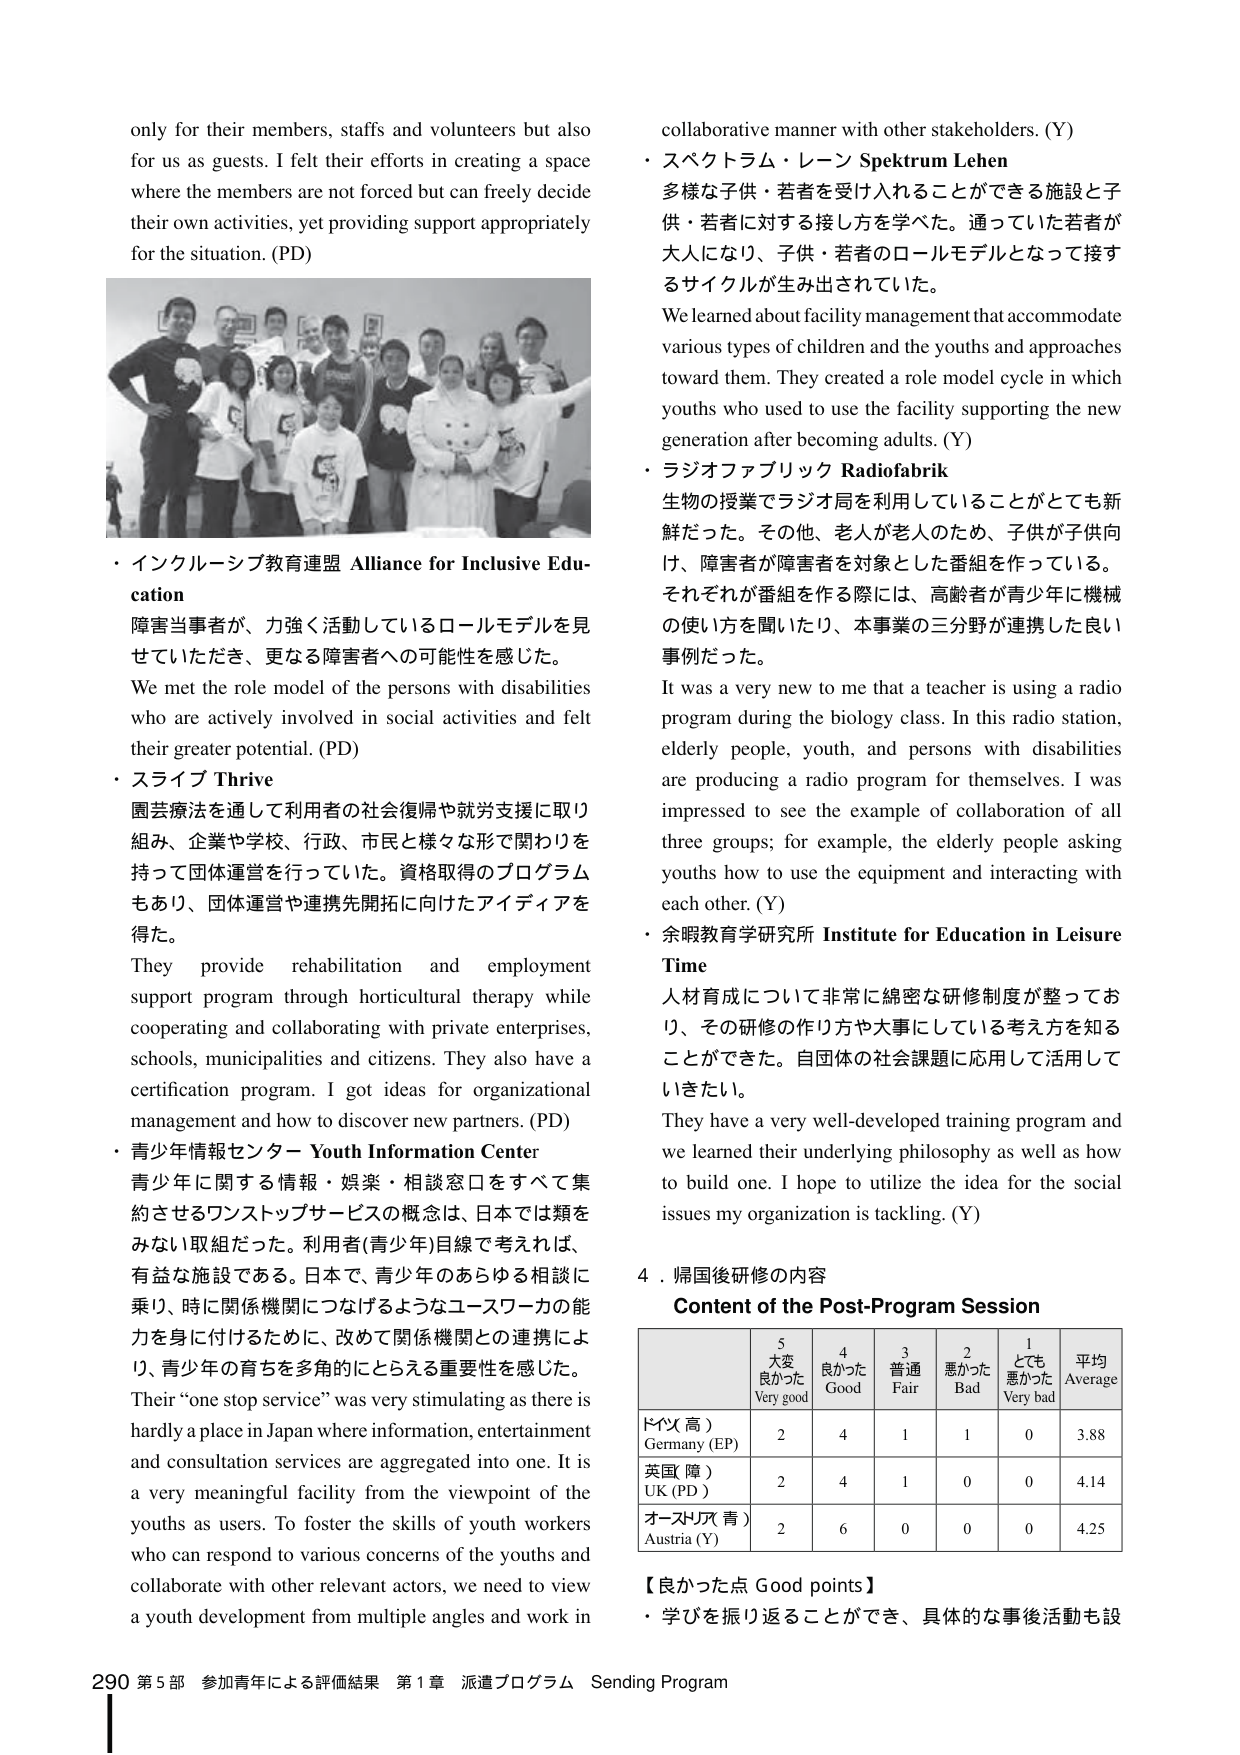
only for their members, staffs and volunteers but also for us as guests. I felt their efforts in creating a space where the members are not forced but can freely decide their own activities, yet providing support appropriately for the situation. (PD)

・インクルーシブ教育連盟 Alliance for Inclusive Education
障害当事者が、力強く活動しているロールモデルを見せていたたき、更なる障害者への可能性を感じた。
We met the role model of the persons with disabilities who are actively involved in social activities and felt their greater potential. (PD)

・スライブ Thrive
園芸療法を通じて利用者の社会復帰や就労支援に取り組み、企業や学校、行政、市民と様々な形で関わりを持って団体運営を行っていた。資格取得のプログラムもあり、団体運営や連携先開拓に向けたアイディアを得た。
They provide rehabilitation and employment support program through horticultural therapy while cooperating and collaborating with private enterprises, schools, municipalities and citizens. They also have a certification program. I got ideas for organizational management and how to discover new partners. (PD)

・青少年情報センター Youth Information Center
青少年に関する情報・娯楽・相談窓口をすべて集約させるワンストップサービスの概念は、日本では類をみない取組だった。利用者(青少年)目線で考えれば、有益な施設である。日本で、青少年のあらゆる相談に乗り、時に関係機関につなげるようなユースワーカーの能力を身に付けるために、改めて関係機関との連携により、青少年の育ちを多角的にとらえる重要性を感じた。
Their “one stop service” was very stimulating as there is hardly a place in Japan where information, entertainment and consultation services are aggregated into one. It is a very meaningful facility from the viewpoint of the youths as users. To foster the skills of youth workers who can respond to various concerns of the youths and collaborate with other relevant actors, we need to view a youth development from multiple angles and work in

collaborative manner with other stakeholders. (Y)

・スペクトラム・レーン Spektrum Lehen
多様な子供・若者を受け入れることができる施設と子供・若者に対する接し方を学べた。通っていた若者が大人になり、子供・若者のロールモデルとなって接するサイクルが生み出されていた。
We learned about facility management that accommodate various types of children and the youths and approaches toward them. They created a role model cycle in which youths who used to use the facility supporting the new generation after becoming adults. (Y)

・ラジオファブリック Radiofabrik
生物の授業でラジオ局を利用していることがとても新鮮だった。その他、老人が老人のため、子供が子供向け、障害者が障害者を対象とした番組を作っている。それぞれが番組を作る際には、高齢者が青少年に機械の使い方を聞いたり、本事業の三分野が連携した良い事例だった。
It was a very new to me that a teacher is using a radio program during the biology class. In this radio station, elderly people, youth, and persons with disabilities are producing a radio program for themselves. I was impressed to see the example of collaboration of all three groups; for example, the elderly people asking youths how to use the equipment and interacting with each other. (Y)

・余暇教育学研究所 Institute for Education in Leisure Time
人材育成について非常に綿密な研修制度が整っており、その研修の作り方や大事にしている考え方を知ることができた。自団体の社会課題に応用して活用していきたい。
They have a very well-developed training program and we learned their underlying philosophy as well as how to build one. I hope to utilize the idea for the social issues my organization is tackling. (Y)

4. 帰国後研修の内容
Content of the Post-Program Session

| | 5 大変良かった Very good | 4 良かった Good | 3 普通 Fair | 2 悪かった Bad | 1 とても悪かった Very bad | 平均 Average |
|---|---|---|---|---|---|---|
| ドイツ（高） Germany (EP) | 2 | 4 | 1 | 1 | 0 | 3.88 |
| 英国（障） UK (PD) | 2 | 4 | 1 | 0 | 0 | 4.14 |
| オーストリア（青） Austria (Y) | 2 | 6 | 0 | 0 | 0 | 4.25 |

【良かった点 Good points】
・学びを振り返ることができ、具体的な事後活動も設

290 第5部 参加青年による評価結果 第1章 派遣プログラム Sending Program